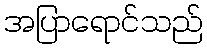
အပြာရောင်သည်